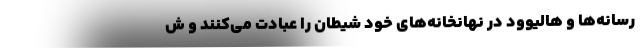
رسانه‌ها و هالیوود در نهانخانه‌های خود شیطان را عبادت می‌کنند و ش